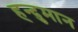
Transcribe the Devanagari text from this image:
हन्दुमान